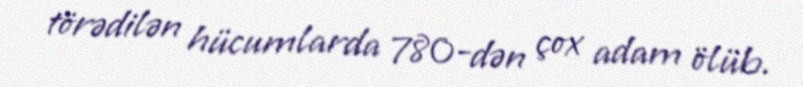
törədilən hücumlarda 780-dən çox adam ölüb.